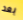
بعد